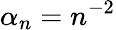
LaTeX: \alpha_{n}=n^{-2}